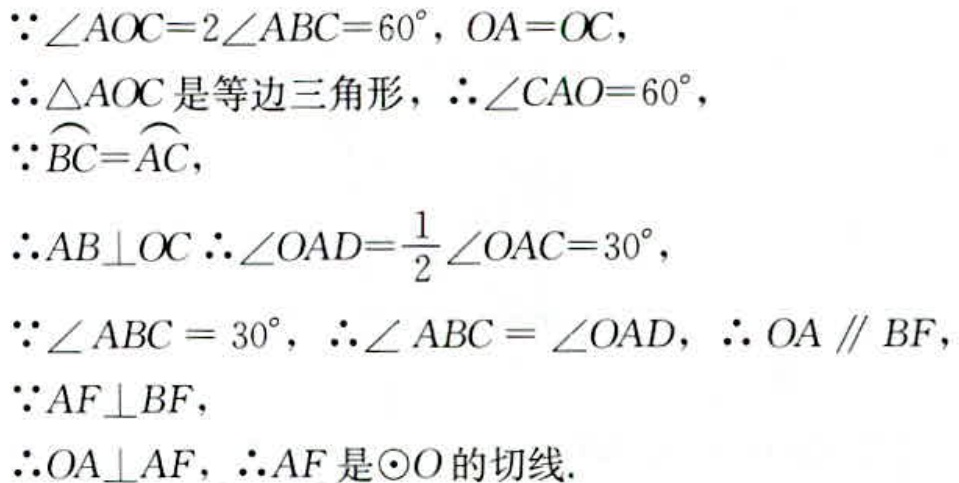
\(\because\angle AOC = 2\angle ABC=60^{\circ}, OA = OC\)，
\(\therefore\triangle AOC\)是等边三角形，\(\therefore\angle CAO = 60^{\circ}\)，
\(\because\overset{\frown}{BC}=\overset{\frown}{AC}\)，
\(\therefore AB\perp OC\ \therefore\angle OAD=\frac{1}{2}\angle OAC = 30^{\circ}\)，
\(\because\angle ABC = 30^{\circ}, \therefore\angle ABC=\angle OAD, \therefore OA\parallel BF\)，
\(\because AF\perp BF\)，
\(\therefore OA\perp AF, \therefore AF\)是\(\odot O\)的切线.